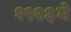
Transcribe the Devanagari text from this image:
१९२३मे